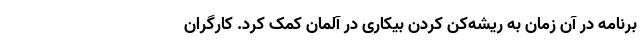
برنامه در آن زمان به ریشه‌کن کردن بیکاری در آلمان کمک کرد. کارگران